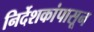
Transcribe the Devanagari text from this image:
निर्देशकांपासून